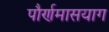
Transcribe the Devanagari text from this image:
पौर्णमासयाग